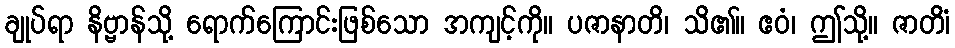
ချုပ်ရာ နိဗ္ဗာန်သို့ ရောက်ကြောင်းဖြစ်သော အကျင့်ကို။ ပဇာနာတိ၊ သိ၏။ ဧဝံ၊ ဤသို့။ ဇာတိံ၊